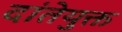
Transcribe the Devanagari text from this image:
दांतेयुक्त